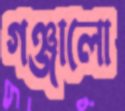
গঞ্জালো